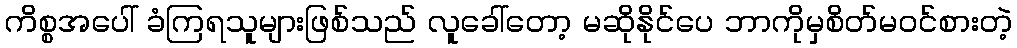
ကိစ္စအပေါ် ခံကြရသူများဖြစ်သည် လူခေါ်တော့ မဆိုနိုင်ပေ ဘာကိုမှစိတ်မဝင်စားတဲ့